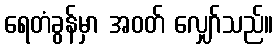
ရေတံခွန်မှာ အဝတ် လျှော်သည်။